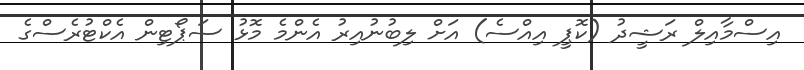
އިސްމާއިލް ރަޝީދު (ކޮޕީ އިއްސެ) އަށް ލިބުނުއިރު އެންމެ މޮޅު ސަޕޯޓިން އެކްޓުރެސްގެ